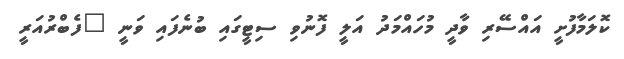
ކޮލަމާފުށީ އައްސޭރި ވާދީ މުހައްމަދު އަލީ ފޮނުވި ސިޓީގައި ބުނެފައި ވަނީ "ފެބްރުއަރީ